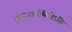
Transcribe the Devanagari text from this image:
मूलाधारस्थितोऽसि